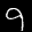
Label: 9